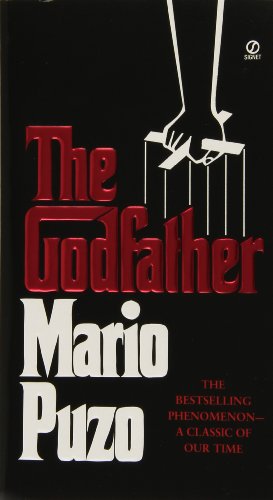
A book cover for The Godfather (Signet); Mario Puzo; Literature & Fiction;